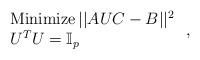
LaTeX: \begin{align*}\left.\begin{array}{l}\hbox{Minimize}\, ||AUC-B||^2 \\U^TU=\mathbb{I}_p\end{array}\right.,\end{align*}